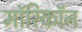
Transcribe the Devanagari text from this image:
माॅरिकाॅन